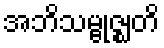
အဘိသမ္ဗုဇ္ဈတိ